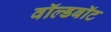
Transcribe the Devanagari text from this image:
वॉल्डबॉट